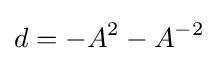
d=-A^{2}-A^{-2}